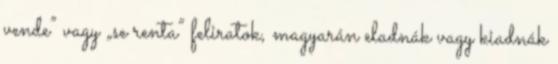
vende” vagy „se renta” feliratok, magyarán eladnák vagy kiadnák